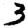
Digit: 3